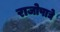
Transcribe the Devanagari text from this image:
राजोपाद्ये